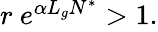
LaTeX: \begin{array}{r}{r\ e^{\alpha L_{g}N^{*}}>1.}\end{array}